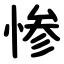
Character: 惨